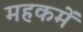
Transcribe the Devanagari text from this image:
महकमें